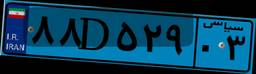
۸۸D۵۲۹۰۳